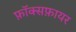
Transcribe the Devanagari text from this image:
फ़ॉक्सफ़ायर